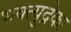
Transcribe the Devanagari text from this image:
भक्त्युद्रेकः